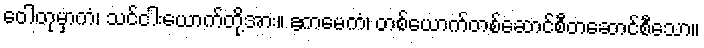
ဝေါတုမှာကံ၊ သင်ငါးယောက်တို့အား။ ဧကမေကံ၊ တစ်ယောက်တစ်ဆောင်စီတဆောင်စီသော။